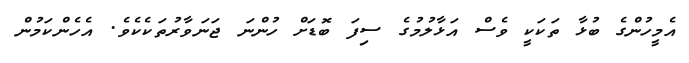
އެމީހުންގެ ބުޅާ ތަކަކީ ވެސް އަޅާލުމުގެ ސިފަ ބޮޑަށް ހުންނަ ޖަނަވާރުތަކެކެވެ. އެހެންކަމުން